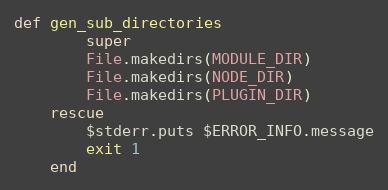
Language: Ruby
def gen_sub_directories
        super
        File.makedirs(MODULE_DIR)
        File.makedirs(NODE_DIR)
        File.makedirs(PLUGIN_DIR)
    rescue
        $stderr.puts $ERROR_INFO.message
        exit 1
    end